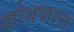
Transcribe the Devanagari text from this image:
शोभणारा